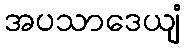
အပသာဒေယျံ